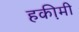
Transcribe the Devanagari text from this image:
हकी़मी